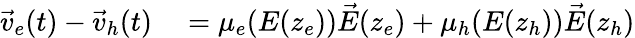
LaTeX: \begin{array}{rl}{\vec{v}_{e}(t)-\vec{v}_{h}(t)}&{{}=\mu_{e}(E(z_{e}))\vec{E}(z_{e})+\mu_{h}(E(z_{h}))\vec{E}(z_{h})}\end{array}